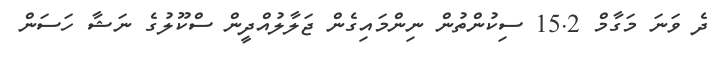
ދެ ވަނަ މަގާމް 15.2 ސިކުންތުން ނިންމައިގެން ޖަލާލުއްދީން ސްކޫލުގެ ނަޝާ ހަސަން